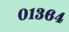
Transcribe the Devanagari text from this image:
०१३६४